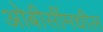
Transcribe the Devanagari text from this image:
ओबीसींमधील